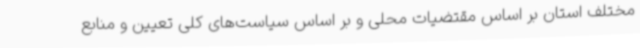
مختلف استان بر اساس مقتضیات محلی و بر اساس سیاست‌های کلی تعیین و منابع